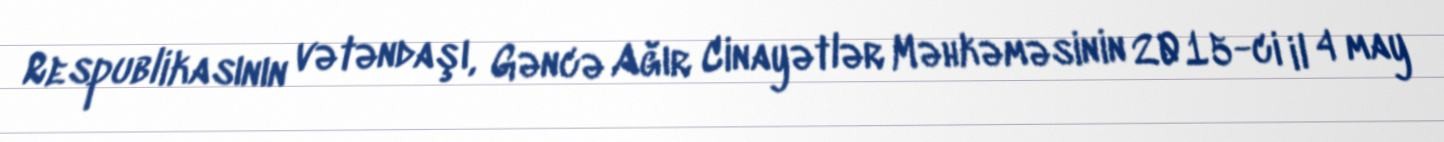
Respublikasının vətəndaşı, Gəncə Ağır Cinayətlər Məhkəməsinin 2015-ci il 4 may